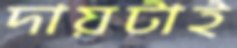
দায়টাই